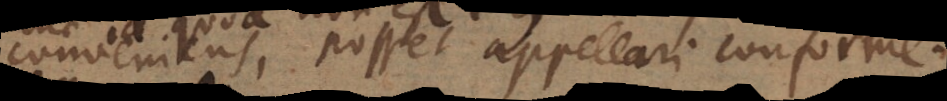
conveniens, posset appellari conforme.